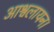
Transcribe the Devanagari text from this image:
आश्वलायन।